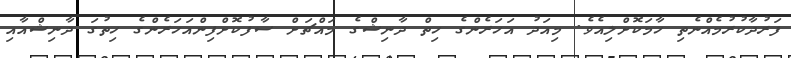
ފަރުދާކުރުމެއްނެތި ހާމަކޮށްލިއެވެ. މިއަދު އަހަރެންގެ ހިތް ދާނިޝްގެ މައްޗަށް ސާފުކޮށްފިންއަހަރެންގެ ހިތުގަ ދާނިޝްއާާއި